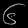
Digit: ၆